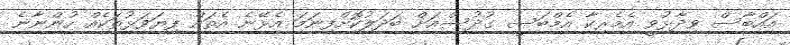
އައްބާސް ވިދާޅުވީ އެމެރިކާ އެމްބަސީ ގުދުސްއަށް ބަދަލުކޮށްފިނަމަ އެޅޭނެ އެތައް ފިޔަވަޅުތަކެއް ހުންނާނެ